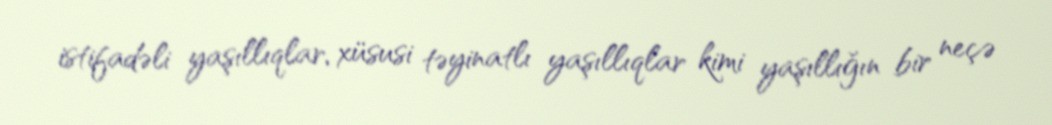
istifadəli yaşıllıqlar, xüsusi təyinatlı yaşıllıqlar kimi yaşıllığın bir neçə